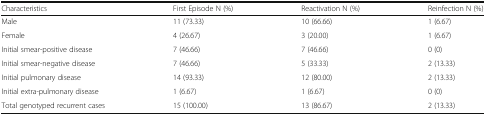
<table><thead><tr><td><b>Characteristics</b></td><td><b>First Episode N (%)</b></td><td><b>Reactivation N (%)</b></td><td><b>Reinfection N (%)</b></td></tr></thead><tbody><tr><td>Male</td><td>11 (73.33)</td><td>10 (66.66)</td><td>1 (6.67)</td></tr><tr><td>Female</td><td>4 (26.67)</td><td>3 (20.00)</td><td>1 (6.67)</td></tr><tr><td>Initial smear-positive disease</td><td>7 (46.66)</td><td>7 (46.66)</td><td>0 (0)</td></tr><tr><td>Initial smear-negative disease</td><td>7 (46.66)</td><td>5 (33.33)</td><td>2 (13.33)</td></tr><tr><td>Initial pulmonary disease</td><td>14 (93.33)</td><td>12 (80.00)</td><td>2 (13.33)</td></tr><tr><td>Initial extra-pulmonary disease</td><td>1 (6.67)</td><td>1 (6.67)</td><td>0 (0)</td></tr><tr><td>Total genotyped recurrent cases</td><td>15 (100.00)</td><td>13 (86.67)</td><td>2 (13.33)</td></tr></tbody></table>